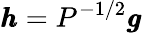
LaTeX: \pmb{h}=P^{-1/2}\pmb{g}